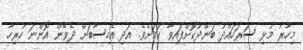
މިހާރު މުޅި ސަރަހައްދު ބަންދުކޮށްފައިވާ ކަމަށެވެ. އަދި އެހިސާބަށް ދެވޭން އޮންނަ ހުރިހާ